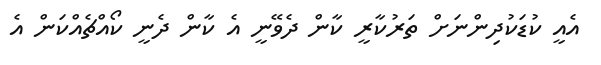
އެއީ ކުޑަކުދިންނަށް ތަރުކާރީ ކާން ދެވޭނީ އެ ކާން ދެނީ ކޯއްޗެއްކަން އެ